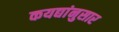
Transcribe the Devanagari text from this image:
कयद्यांनुसार